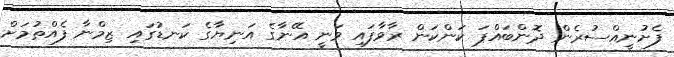
ފެށުނީއްސުރެން ދޮންބައްޕަ ކަންކަން ރާވާފައި ވަނީ އޭނާގެ އަނިޔާގެ ކަނޑުގައި ޒިމްނާ ފެއްތުމަށް